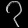
Digit: ၇